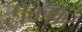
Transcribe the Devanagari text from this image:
टीकाकर